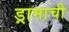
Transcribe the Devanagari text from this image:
ड्रामाची